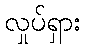
လှုပ်ရှား